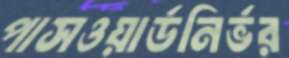
পাসওয়ার্ডনির্ভর